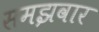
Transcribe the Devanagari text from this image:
समझवार